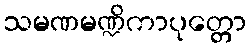
သမဏမဏ္ဍိကာပုတ္တော